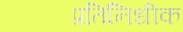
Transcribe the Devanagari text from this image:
प्रतिनिधीक